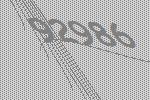
92986